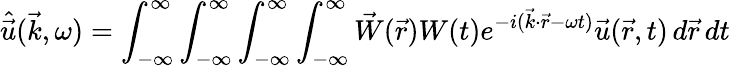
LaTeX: \hat{\vec{u}}(\vec{k},\omega)=\int_{-\infty}^{\infty}\int_{-\infty}^{\infty}\int_{-\infty}^{\infty}\int_{-\infty}^{\infty}\vec{W}(\vec{r})W(t)e^{-i(\vec{k}\cdot\vec{r}-\omega t)}\vec{u}(\vec{r},t)\, d\vec{r}\, dt